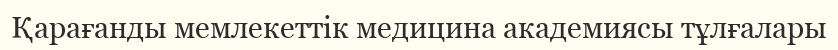
Қарағанды мемлекеттік медицина академиясы тұлғалары